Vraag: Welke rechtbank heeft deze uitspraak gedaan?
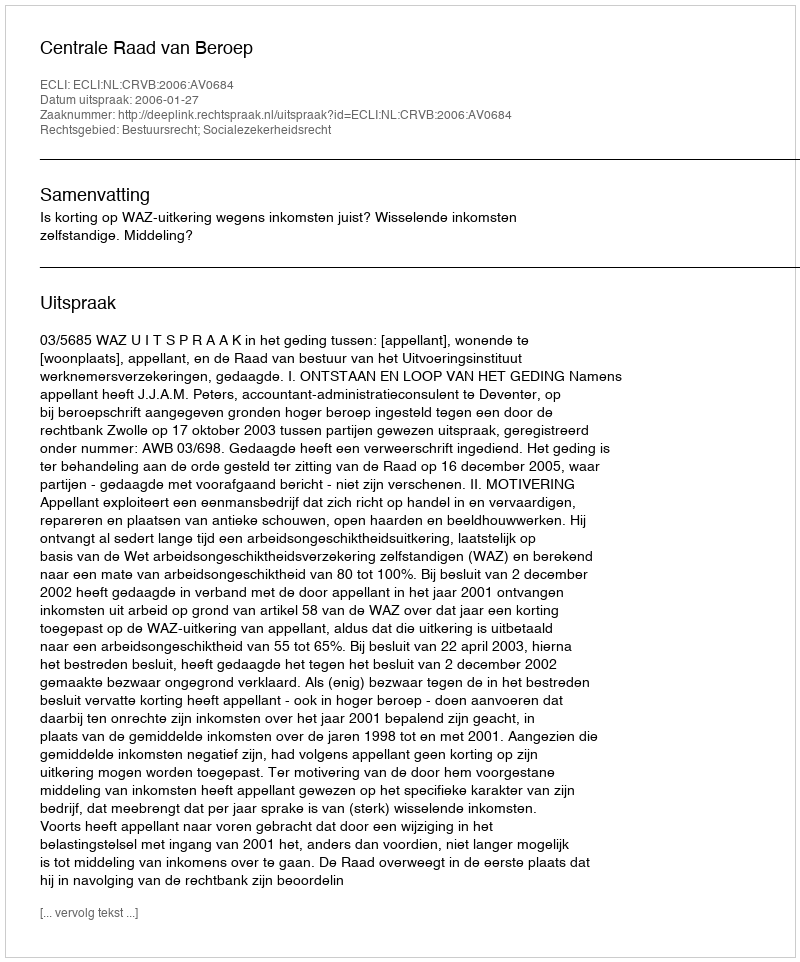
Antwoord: Centrale Raad van Beroep